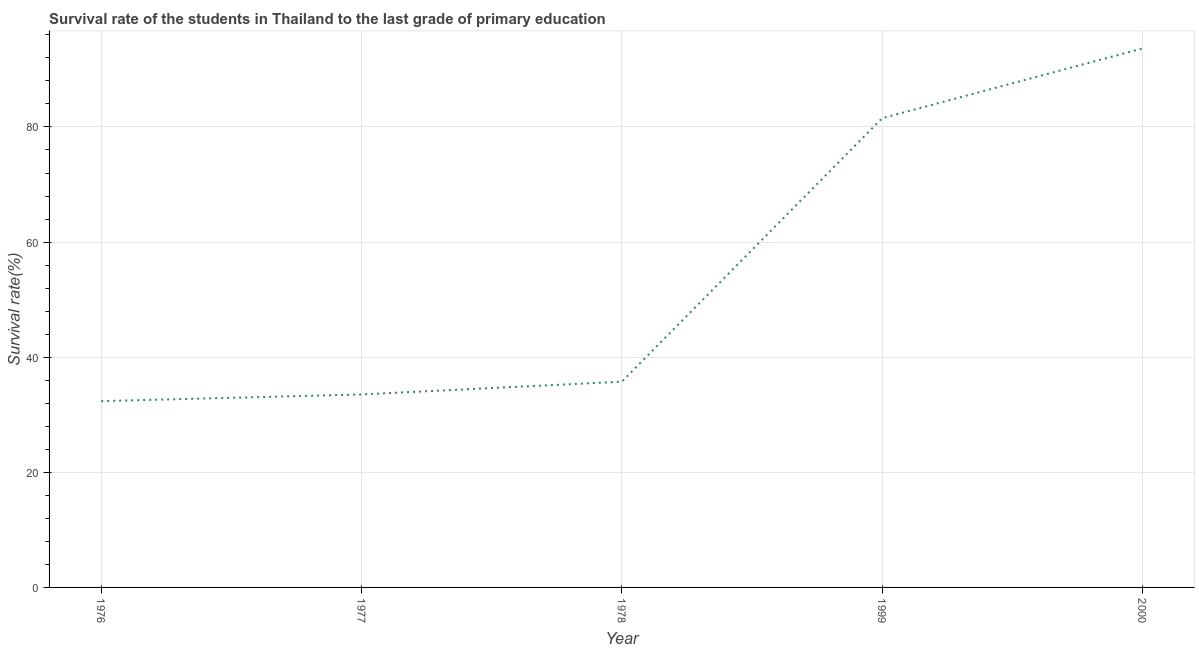
| Year | Primary Education |
 | --- | --- |
 | 1976 | 32.4 |
 | 1977 | 33.5 |
 | 1978 | 35.7 |
 | 1999 | 81.5 |
 | 2000 | 93.6 |